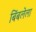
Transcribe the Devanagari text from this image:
बिंबलेला